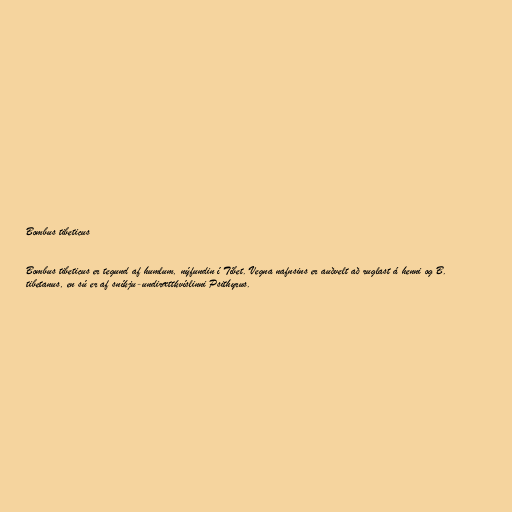
Bombus tibeticus

Bombus tibeticus er tegund af humlum, nýfundin í Tíbet. Vegna nafnsins er auðvelt að ruglast á henni og B.
tibetanus, en sú er af sníkju-undirættkvíslinni Psithyrus.